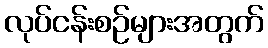
လုပ်ငန်းစဉ်များအတွက်